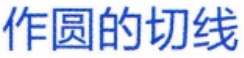
作圆的切线